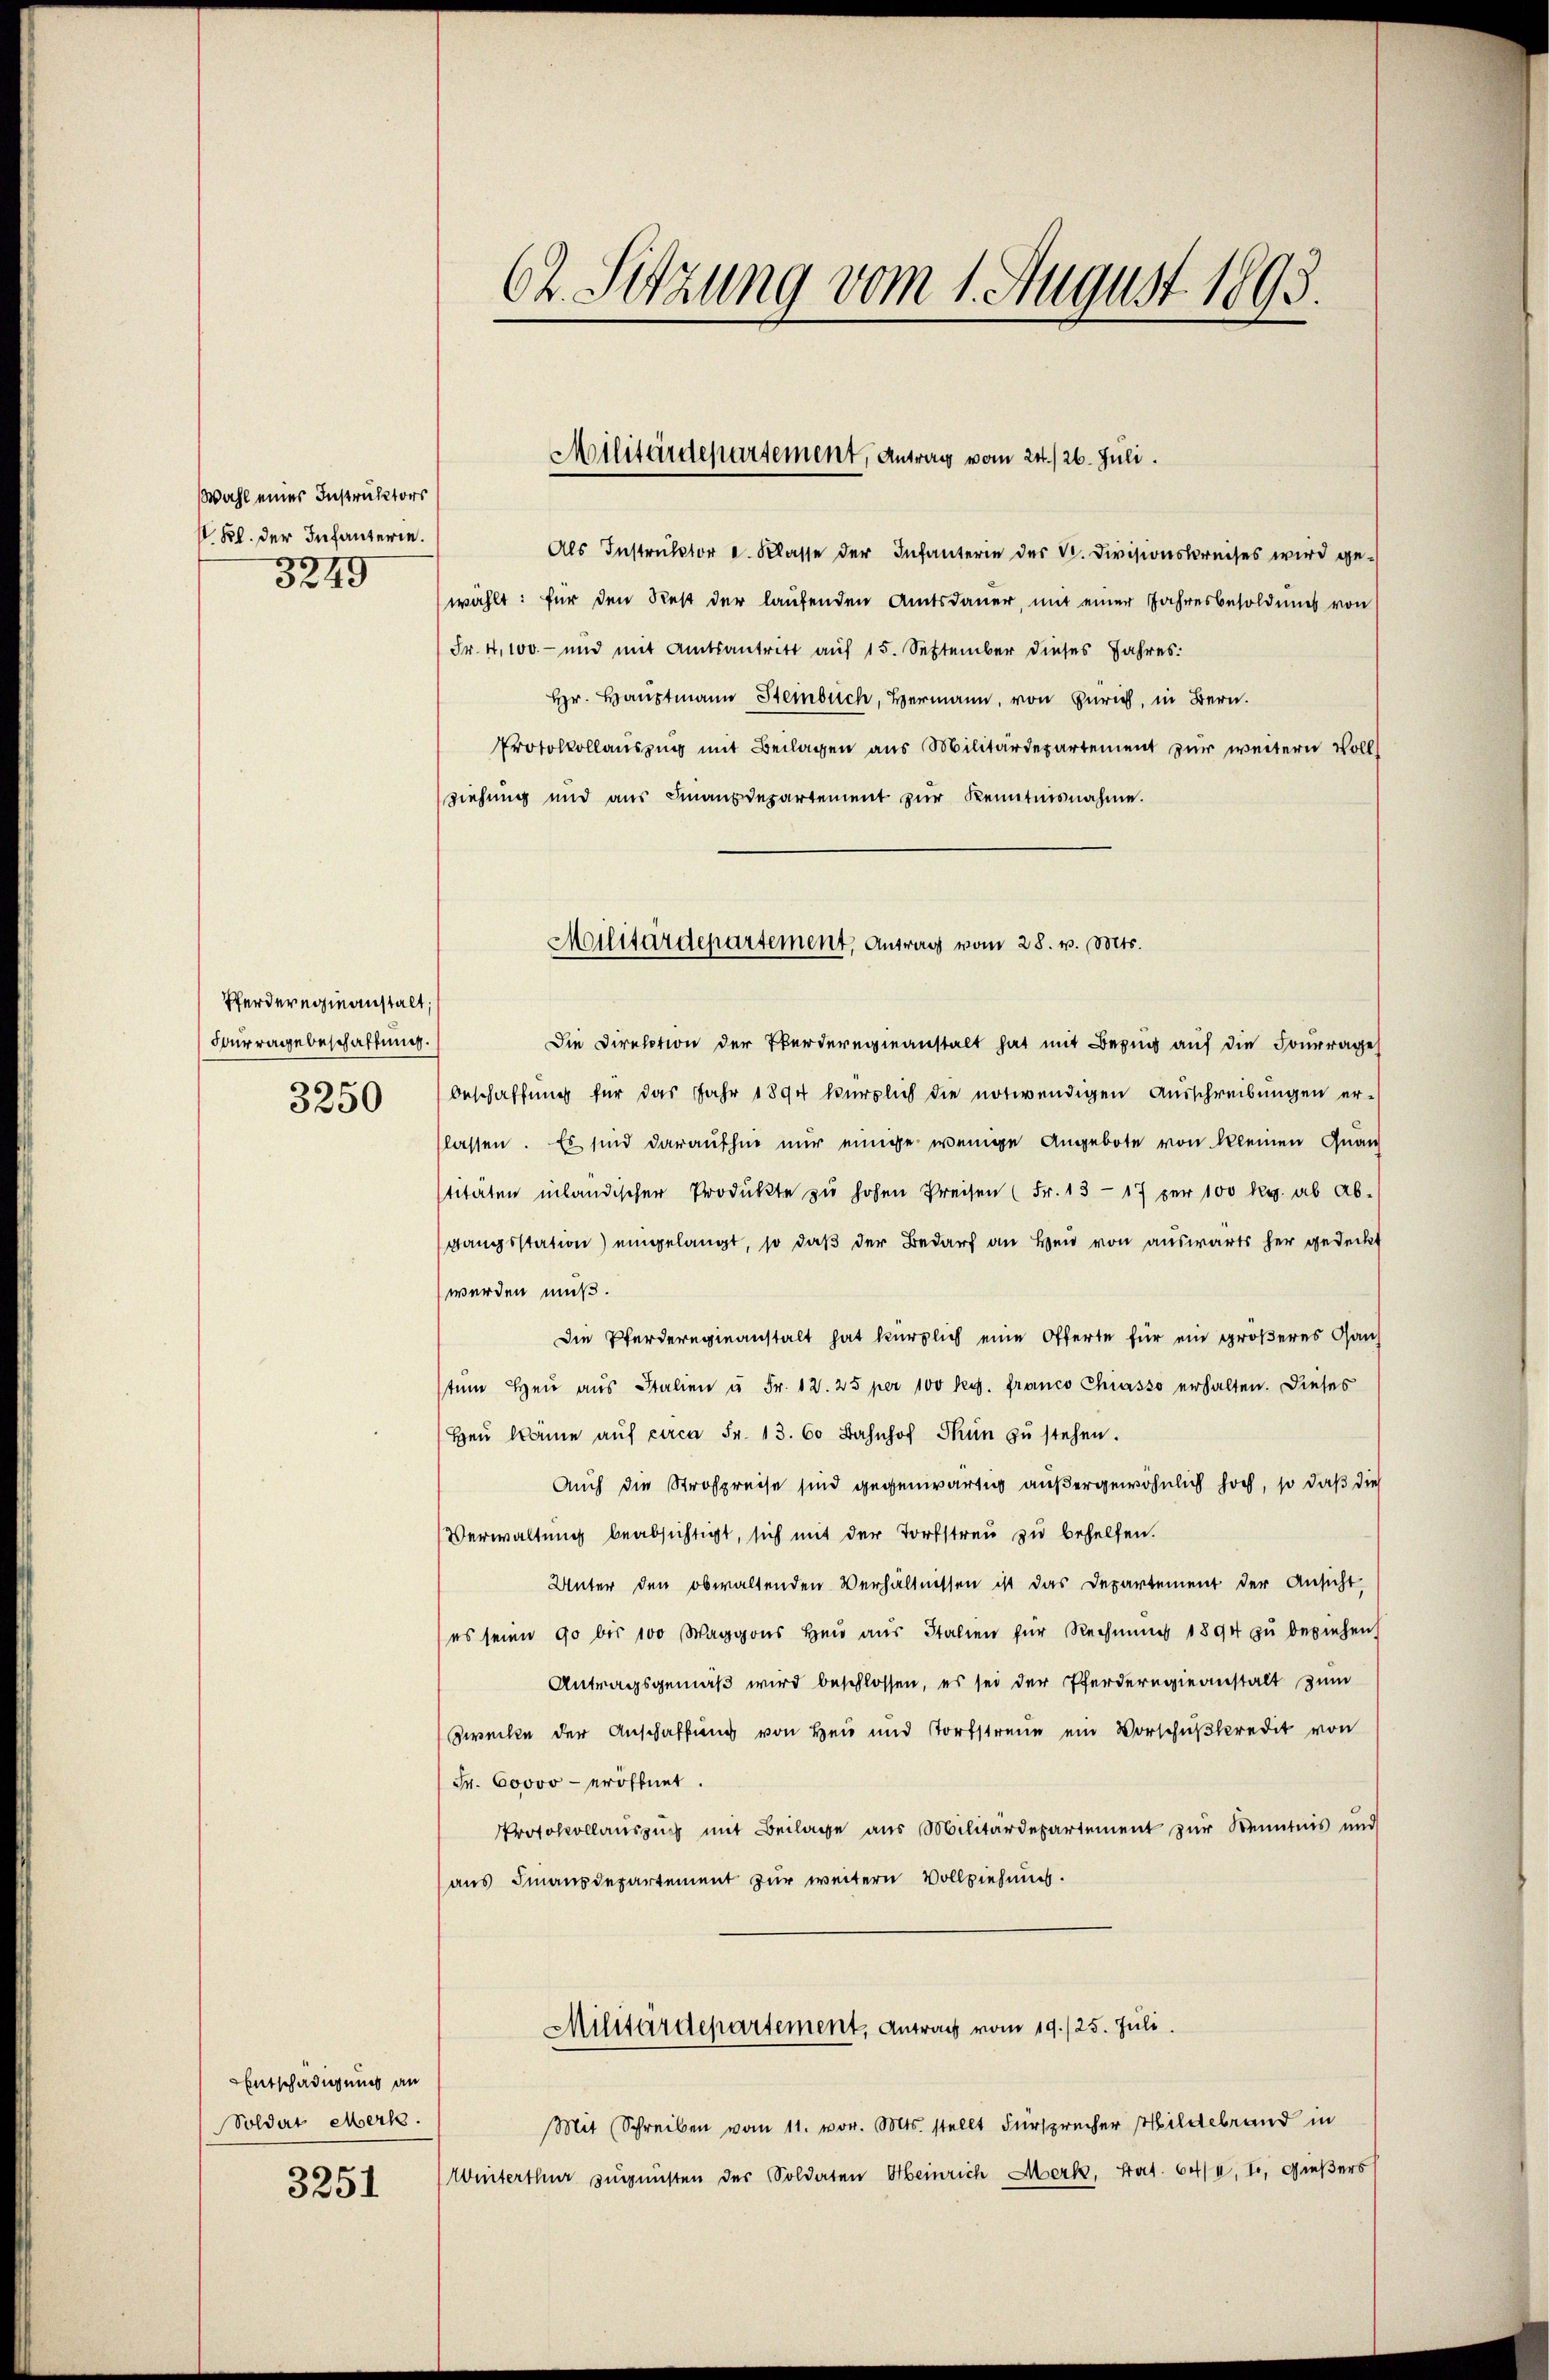
Wahl einer Instruktors
 Frl. der Infanterie.
3249

Pferderegieanstalt,
Fourrage beschaffung.
3250

Entschädigung an
Soldat Merk.
3251

62. Sitzung vom 1. August 1893.

Militärdepartement, Antrag vom 24./26. Juli.

Als Instruktor u. Klasse der Infanterie des V. Divisionskreises wird ge-
wählt: für den Rest der laufenden Amtsdauer, mit einer Jahresbesoldungs von
Fr. 4,100 - und mit Amtsantritt auf 15. September dieses Jahres
Hr. Hauptmann Steinbuch, Hermann, von Zürich, in Bern.
Protokollauszug mit Beilagen aus Militärdepartement zur weitern Voll
ziehung und aŭs Finanzdepartement zŭr Kenntnisnahme.
Die Direktion der Pferderegeanstalt hat mit Bezug auf die Fourrages
beschaffung für das Jahr 1894 kürzlich die notwendigen Ausschreibungen erslassen. Es sind daraufhin nur einige wenige Angebote von kleinen Quan
titäten inländischer Produkte zŭ hohen Preisen (Fr. 1317 per 100 Rg. ab Ab-
gangsstation) eingelangt, so daß der Bedarf an Heu von auswärts her gedeckt
werden muß.
Die Pferderegieanstalt hat kürzlich eine Offerte für ein größeres Ganz
tŭm heŭ aŭs Italien u Fr. 12. 25 per 100 Reg. franco Chiasso erhalten. Dieses
Heŭ käme aŭf circa Fr. 13. 60 Bahnhof Thun zŭ stehen.
Auch die Strafpreise sind gegenwärtig außergewöhnlich hoch, so daß dies
Verwaltung beabsichtigt, sich mit der Fortstreu zu behelfen.
Unter den obwaltenden Verhältnissen ist das Departement der Ansicht-
es seien 90 bis 100 Waggons Heu aus Italien für Rechnŭng 1894 zu beziehen.
Antragsgemäß wird beschlossen, es sei der Pferderegieanstalt zum
Zwecke der Anschaffung von Heu und Fortstreue ein Vorschŭβkredit von
Fr. 60000 - eröffnet.
Protokollauszug mit Beilage aus Militärdepartement zur Kenntnis und
aus Finanzdepartement zur weitern Vollziehung.
Militärdepartement, Antrag vom 19./25. Juli.
Mit Schreiben vom 11. vor. Mts. stellt Fürsprecher Hildebrand in
Winterthur zugunsten der Soldaten Heinrich Merk, hat. 64/I, 1, Gießers

Militärdepartement, Antrag vom 28. v. Mts.